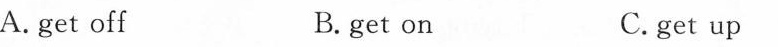
A. get off B. get on C.get up